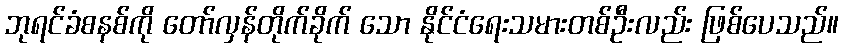
ဘုရင်ခံစနစ်ကို တော်လှန်တိုက်ခိုက် သော နိုင်ငံရေးသမားတစ်ဦးလည်း ဖြစ်ပေသည်။